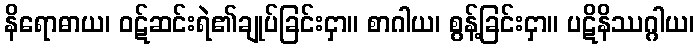
နိရောဓာယ၊ ဝဋ်ဆင်းရဲ၏ချုပ်ခြင်းငှာ။ စာဂါယ၊ စွန့်ခြင်းငှာ။ ပဋိနိဿဂ္ဂါယ၊